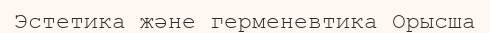
Эстетика және герменевтика Орысша